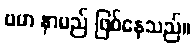
ဗမာ နာမည် ဖြစ်နေသည်။